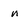
Character: n